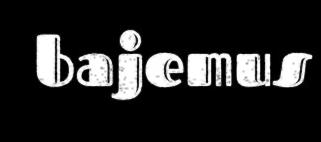
bajemus